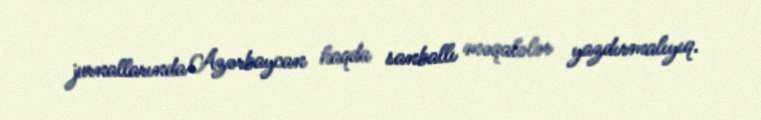
jurnallarında Azərbaycan haqda sanballı məqalələr yazdırmalıyıq.